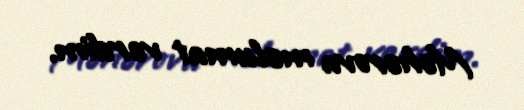
Məhərova məlumat verdim.